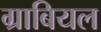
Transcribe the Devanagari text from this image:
ग्राबियल